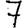
Digit: 7